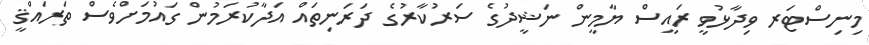
މިނިސްޓަރ ވިދާޅުވީ ރައީސް ޔާމީން ނަޝީދުގެ ސަރުކާރުގެ ދަރަނިތައް އަދާކުރަމުން ގައުމަށްވެސް ތަރައްޤީ